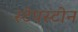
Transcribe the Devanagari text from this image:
स्टेपस्टोन